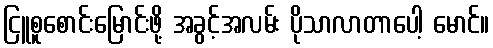
ငြူစူစောင်းမြောင်းဖို့ အခွင့်အလမ်း ပိုသာလာတာပေါ့ မောင်။